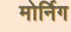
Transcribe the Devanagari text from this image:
मोर्निग